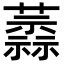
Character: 𧁞